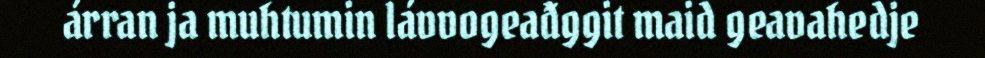
árran ja muhtumin lávvogeađggit maid geavahedje